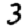
Digit: 3